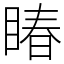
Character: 睶